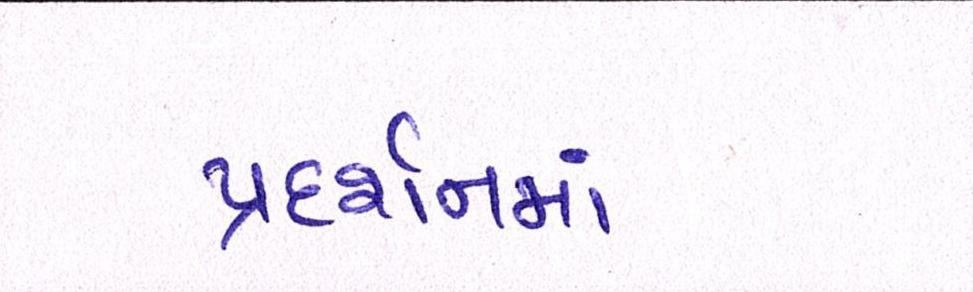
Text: પ્રદર્શનમાં